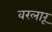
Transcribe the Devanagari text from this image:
वरलारू